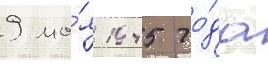
9 ма́я 1945 го́да